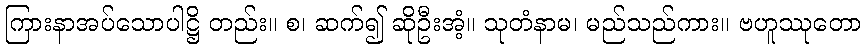
ကြားနာအပ်သောပါဋ္ဌိ တည်း။ စ၊ ဆက်၍ ဆိုဦးအံ့။ သုတံနာမ၊ မည်သည်ကား။ ဗဟူဿုတော